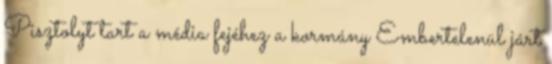
Pisztolyt tart a média fejéhez a kormány Embertelenül járt